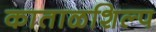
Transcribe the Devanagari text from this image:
काताळशिल्प